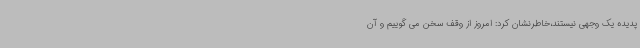
پدیده یک وجهی نیستند،خاطرنشان کرد: امروز از وقف سخن می گوییم و آن